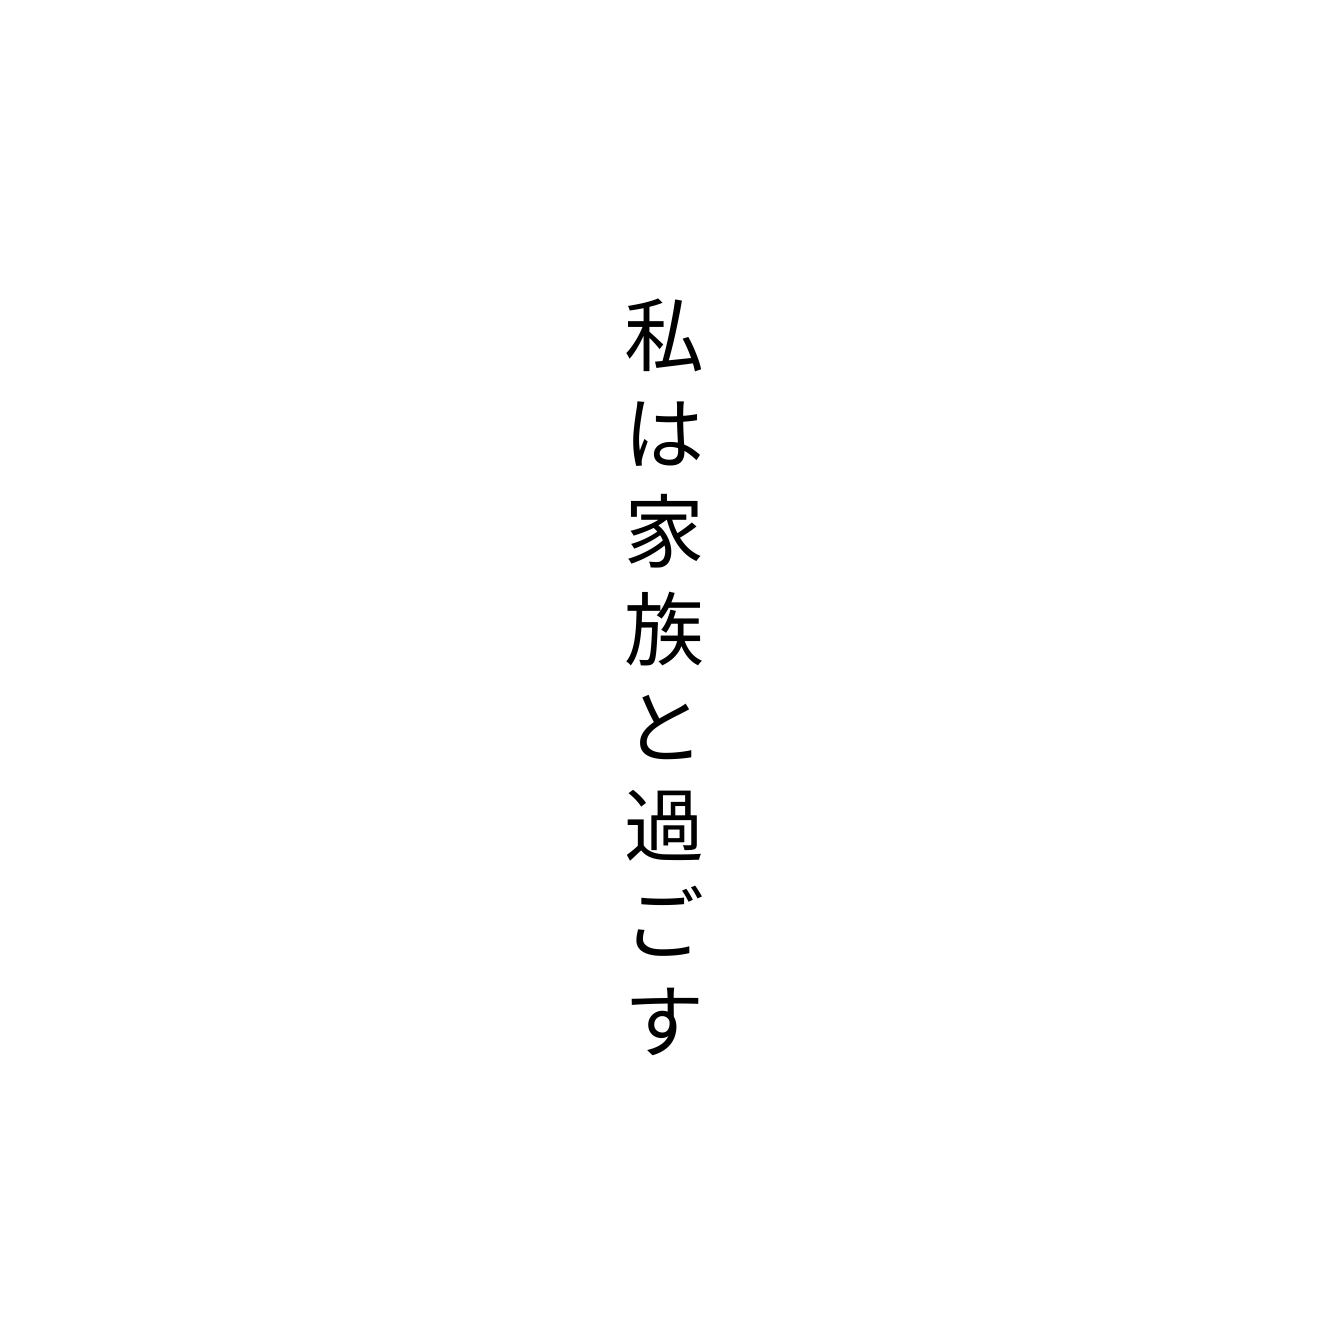
私は家族と過ごす